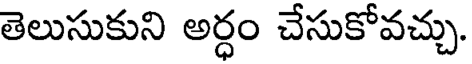
తెలుసుకుని అర్ధం చేసుకోవచ్చు.